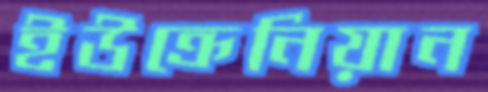
ইউক্রেনিয়ান